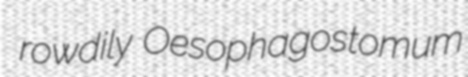
rowdily Oesophagostomum